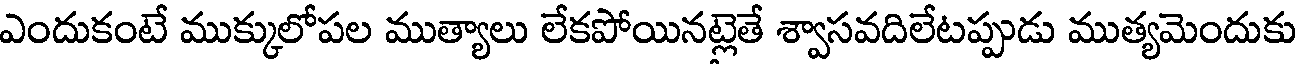
ఎందుకంటే ముక్కులోపల ముత్యాలు లేకపోయినట్లెతే శ్వాసవదిలేటప్పుడు ముత్యమెందుకు